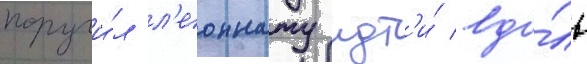
поручи́л л'еоннату идт'и́ вдо́ль